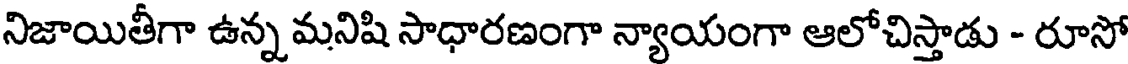
నిజాయితీగా ఉన్న మనిషి సాధారణంగా న్యాయంగా ఆలోచిస్తాడు - రూసో